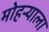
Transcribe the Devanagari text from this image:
मोहऱ्याला